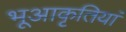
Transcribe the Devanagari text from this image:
भूआकृतियां